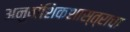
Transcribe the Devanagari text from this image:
अनुवांशिकशास्त्राचा